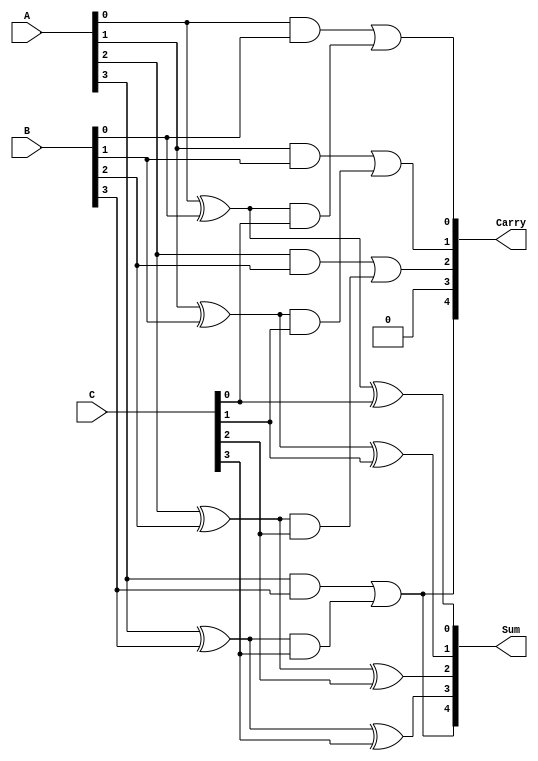
module MCSA (
    input [3:0] A, // First 4-bit input
    input [3:0] B, // Second 4-bit input
    input [3:0] C, // Third 4-bit input
    output [4:0] Sum, // 4-bit Sum output (5 bits to accommodate carry)
    output [4:0] Carry // 4-bit Carry output (5 bits to accommodate carry)
);

// Intermediate wires for Half Adders and Full Adders
wire [3:0] HA_sum, HA_carry;
wire [3:0] FA_sum, FA_carry;

// Half Adders for the first two inputs
assign HA_sum[0] = A[0] ^ B[0]; // Sum bit 0
assign HA_carry[0] = A[0] & B[0]; // Carry out 0

assign HA_sum[1] = A[1] ^ B[1]; // Sum bit 1
assign HA_carry[1] = A[1] & B[1]; // Carry out 1

assign HA_sum[2] = A[2] ^ B[2]; // Sum bit 2
assign HA_carry[2] = A[2] & B[2]; // Carry out 2

assign HA_sum[3] = A[3] ^ B[3]; // Sum bit 3
assign HA_carry[3] = A[3] & B[3]; // Carry out 3

// Full Adders to include the third input
assign FA_sum[0] = HA_sum[0] ^ C[0]; // Sum bit 0 for FA
assign FA_carry[0] = HA_carry[0] | (HA_sum[0] & C[0]); // Carry out 0 for FA

assign FA_sum[1] = HA_sum[1] ^ C[1]; // Sum bit 1 for FA
assign FA_carry[1] = HA_carry[1] | (HA_sum[1] & C[1]); // Carry out 1 for FA

assign FA_sum[2] = HA_sum[2] ^ C[2]; // Sum bit 2 for FA
assign FA_carry[2] = HA_carry[2] | (HA_sum[2] & C[2]); // Carry out 2 for FA

assign FA_sum[3] = HA_sum[3] ^ C[3]; // Sum bit 3 for FA
assign FA_carry[3] = HA_carry[3] | (HA_sum[3] & C[3]); // Carry out 3 for FA

// Final Carry output
assign Carry[4] = FA_carry[3]; // Final carry out
assign Carry[3:0] = FA_carry[2:0]; // Carry output bits

// Final Sum output
assign Sum[4] = FA_carry[3]; // Final carry bit included in Sum
assign Sum[3:0] = FA_sum[3:0]; // Sum bits

endmodule